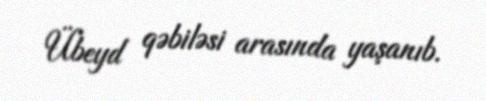
Übeyd qəbiləsi arasında yaşanıb.